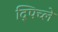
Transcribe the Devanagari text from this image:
द्पिच्ले